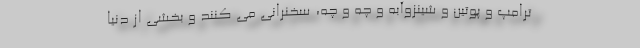
ترامپ و پوتین و شینزوآبه و چه و چه، سخنرانی می کنند و بخشی از دنیا